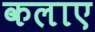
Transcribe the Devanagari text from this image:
कलाए